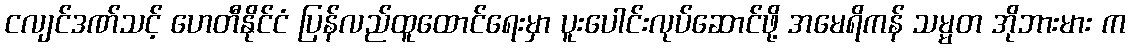
ငလျင်ဒဏ်သင့် ဟေတီနိုင်ငံ ပြန်လည်ထူထောင်ရေးမှာ ပူးပေါင်းလုပ်ဆောင်ဖို့ အမေရိကန် သမ္မတ အိုဘားမား က